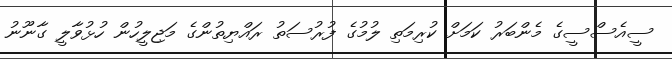
ސީއެސްސީގެ މެންބަރު ކަމަށް ކުރިމަތި ލުމުގެ ފުރުސަތު ރައްޔިތުންގެ މަޖިލީހުން ހުޅުވާލީ ގާނޫނު